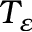
T _ { \varepsilon }